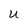
Character: u